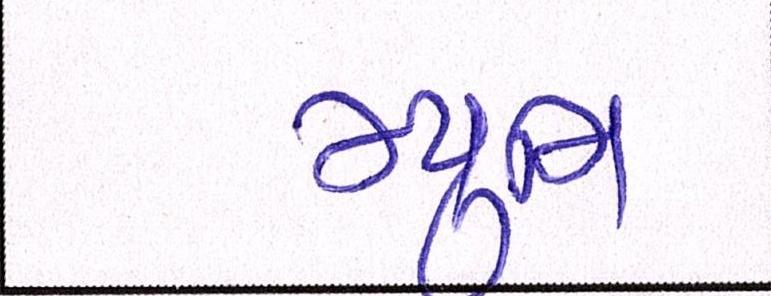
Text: મ્યુનિ